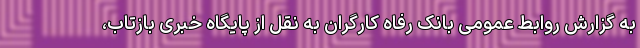
به گزارش روابط عمومی بانک رفاه کارگران به نقل از پایگاه خبری بازتاب،